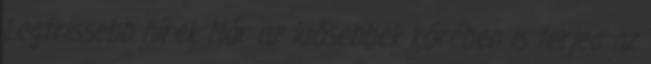
Legfrissebb hírek Már az idősebbek körében is terjed az